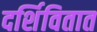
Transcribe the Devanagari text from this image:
दर्शिवितात